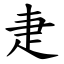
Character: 疌